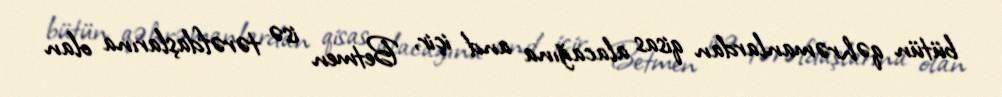
bütün qəhrəmanlardan qisas alacağına and içir, Betmen isə tərəfdaşlarına olan